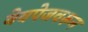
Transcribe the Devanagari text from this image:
वेबपेजवरून